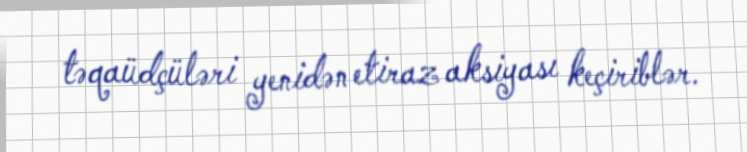
təqaüdçüləri yenidən etiraz aksiyası keçiriblər.